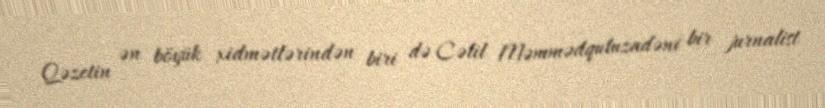
Qəzetin ən böyük xidmətlərindən biri də Cəlil Məmmədquluzadəni bir jurnalist